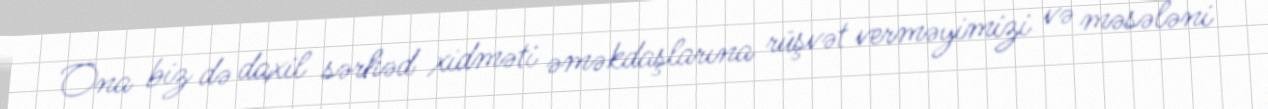
Ona biz də daxil sərhəd xidməti əməkdaşlarına rüşvət verməyimizi və məsələni